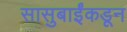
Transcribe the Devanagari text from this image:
सासुबाईंकडून